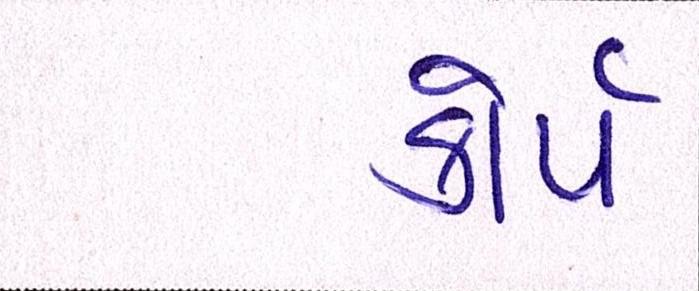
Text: કોર્પ